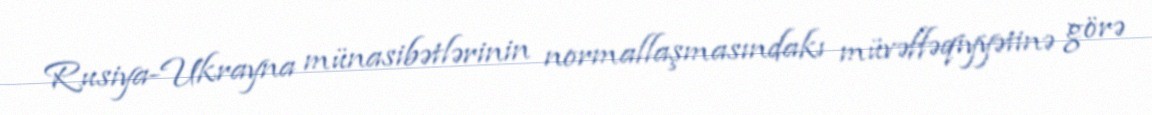
Rusiya-Ukrayna münasibətlərinin normallaşmasındakı müvəffəqiyyətinə görə